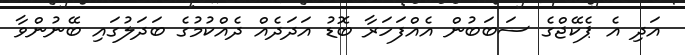
އަދި އެ ޕެކޭޖްގެ ސަބަބުން އެއްފަހަރާ ބޮޑު އަދަދެއް ދެއްކުމުގެ ބަދަލުގައި ބޭނުންވާ